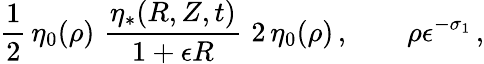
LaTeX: \frac{1}{2}\, \eta_{0}(\rho)\, \le\, \frac{\eta_{*}(R,Z,t)}{1+\epsilon R}\, \le\, 2\, \eta_{0}(\rho)\, ,\qquad\rho\le\epsilon^{-\sigma_{1}}\, ,